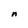
Character: n